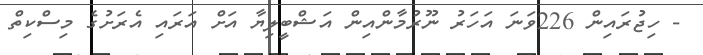
- ހިޖުރައިން 226ވަނަ އަހަރު ނޫރުމާންއިން އަޝްބީލިޔާ އަށް އަރައި އެރަށުގެ މިސްކިތް